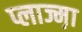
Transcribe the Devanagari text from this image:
प्लाज्म़ा